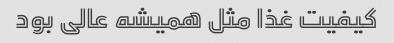
کیفیت غذا مثل همیشه عالی بود